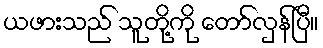
ယဖားသည် သူတို့ကို တော်လှန်ပြီ။